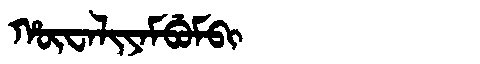
Manchu: ᡥᡡᠸᠠᠯᡳᠶᠠᠮᠪᡠᠮᠪᡳ
Romanization: HŪWALIYAMBUMBI